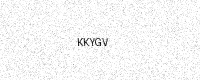
Text: KKYGV